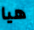
هيا